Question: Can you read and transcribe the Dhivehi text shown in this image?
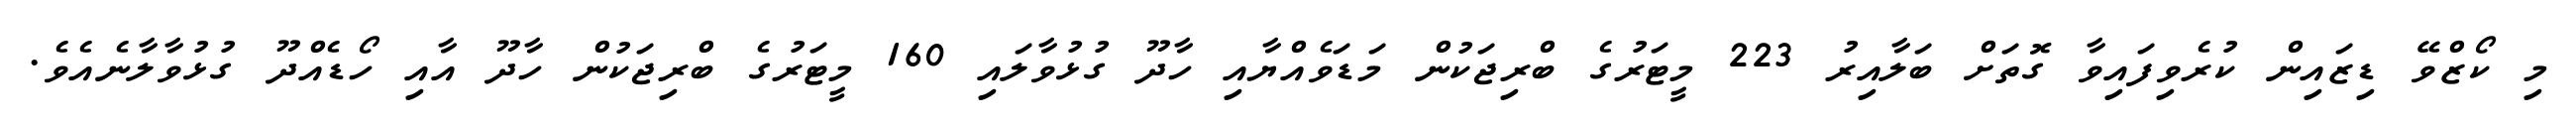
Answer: މި ކޯޒްވޭ ޑިޒައިން ކުރެވިފައިވާ ގޮތަށް ބަލާއިރު 223 މީޓަރުގެ ބްރިޖަކުން މަޑަވެއްޔާއި ހާދޫ ގުޅުވާލައި 160 މީޓަރުގެ ބްރިޖަކުން ހާދޫ އާއި ހޯޑެއްދޫ ގުޅުވާލާނެއެވެ.